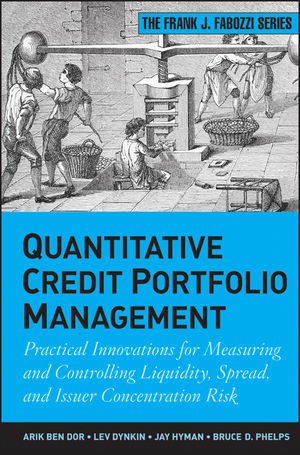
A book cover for Quantitative Credit Portfolio Management: Practical Innovations for Measuring and Controlling Liquidity, Spread, and Issuer Concentration Risk; Arik Ben Dor; Business & Money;